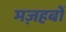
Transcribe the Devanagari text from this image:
मज़हबों